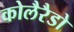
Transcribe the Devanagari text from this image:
कोलैरैडो